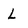
Character: L